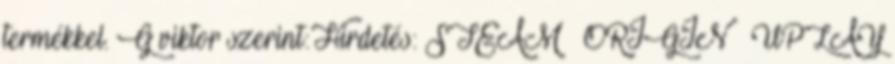
termékkel.G viktor szerint:Hirdetés:STEAM ORIGIN UPLAY